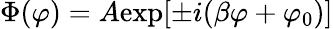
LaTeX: \Phi(\varphi)=A\mathrm{exp}[\pm i(\beta\varphi+\varphi_{0})]